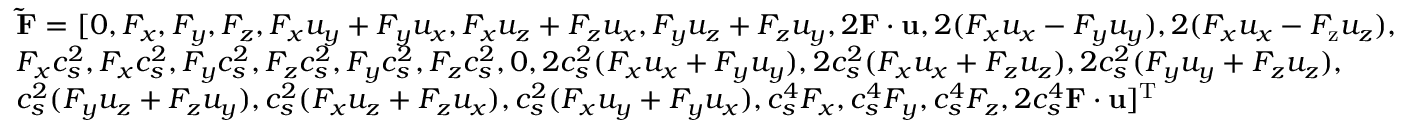
\begin{array} { l } { { \bf { \tilde { F } } } = [ 0 , { F _ { x } } , { F _ { y } } , { F _ { z } } , { F _ { x } } { u _ { y } } + { F _ { y } } { u _ { x } } , { F _ { x } } { u _ { z } } + { F _ { z } } { u _ { x } } , { F _ { y } } { u _ { z } } + { F _ { z } } { u _ { y } } , 2 { \bf { F } } \cdot { \bf { u } } , 2 ( { F _ { x } } { u _ { x } } - { F _ { y } } { u _ { y } } ) , 2 ( { F _ { x } } { u _ { x } } - { F _ { \mathrm { { z } } } } { u _ { z } } ) , } \\ { { F _ { x } } c _ { s } ^ { 2 } , { F _ { x } } c _ { s } ^ { 2 } , { F _ { y } } c _ { s } ^ { 2 } , { F _ { z } } c _ { s } ^ { 2 } , { F _ { y } } c _ { s } ^ { 2 } , { F _ { z } } c _ { s } ^ { 2 } , 0 , 2 c _ { s } ^ { 2 } ( { F _ { x } } { u _ { x } } + { F _ { y } } { u _ { y } } ) , 2 c _ { s } ^ { 2 } ( { F _ { x } } { u _ { x } } + { F _ { z } } { u _ { z } } ) , 2 c _ { s } ^ { 2 } ( { F _ { y } } { u _ { y } } + { F _ { z } } { u _ { z } } ) , } \\ { c _ { s } ^ { 2 } ( { F _ { y } } { u _ { z } } + { F _ { z } } { u _ { y } } ) , c _ { s } ^ { 2 } ( { F _ { x } } { u _ { z } } + { F _ { z } } { u _ { x } } ) , c _ { s } ^ { 2 } ( { F _ { x } } { u _ { y } } + { F _ { y } } { u _ { x } } ) , c _ { s } ^ { 4 } { F _ { x } } , c _ { s } ^ { 4 } { F _ { y } } , c _ { s } ^ { 4 } { F _ { z } } , 2 c _ { s } ^ { 4 } { \bf { F } } \cdot { \bf { u } } { ] ^ { \mathrm { T } } } } \end{array}